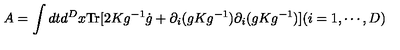
A = \int d t d ^ { D } x \mathrm { T r } [ 2 K g ^ { - 1 } \dot { g } + \partial _ { i } ( g K g ^ { - 1 } ) \partial _ { i } ( g K g ^ { - 1 } ) ] ( i = 1 , \cdots , D )